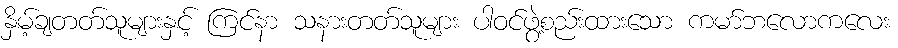
နှိမ့်ချတတ်သူများနှင့် ကြင်နာ သနားတတ်သူများ ပါဝင်ဖွဲ့စည်းထားသော ကမာ်ဘလောကလေး